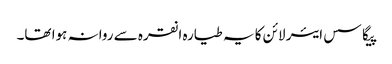
پیگاسس ایئر لائن کا یہ طیارہ انقرہ سے روانہ ہوا تھا۔